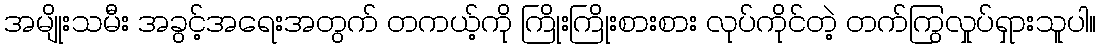
အမျိုးသမီး အခွင့်အရေးအတွက် တကယ့်ကို ကြိုးကြိုးစားစား လုပ်ကိုင်တဲ့ တက်ကြွလှုပ်ရှားသူပါ။